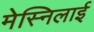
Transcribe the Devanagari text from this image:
मेस्निलाई